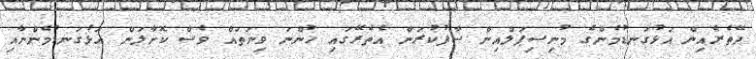
ދޭތެރެއިން އަޅުގަނޑުމެންގެ މުނިސިޕަލްއިން ސާފުކުރަން އެތެރޭގައި ހުންނަ ވިނަތައް ވެސް ކޮށާލަން އަޅުގަނޑުމެންނާއި